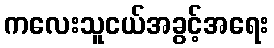
ကလေးသူငယ်အခွင့်အရေး